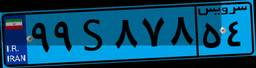
۹۹S۸۷۸۵۴